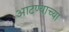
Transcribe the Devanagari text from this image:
आटण्याच्या